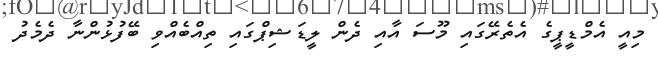
މިއީ އެމްޑީޕީގެ އެތެރޭގައި މޫސަ އާއި ދެން ލީޑަޝިޕްގައި ތިއްބެއްވި ބޭފުޅުންނާ ދެމެދު